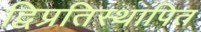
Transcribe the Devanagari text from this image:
द्विप्रतिस्थापित